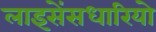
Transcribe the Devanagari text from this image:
लाइसेंसधारियो